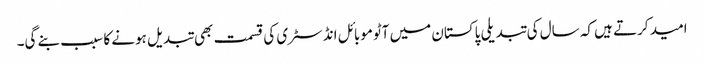
امید کرتے ہیں کہ سال کی تبدیلی پاکستان میں آٹوموبائل انڈسٹری کی قسمت بھی تبدیل ہونے کا سبب بنے گی۔